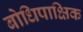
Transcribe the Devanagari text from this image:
बोधिपाक्षिक